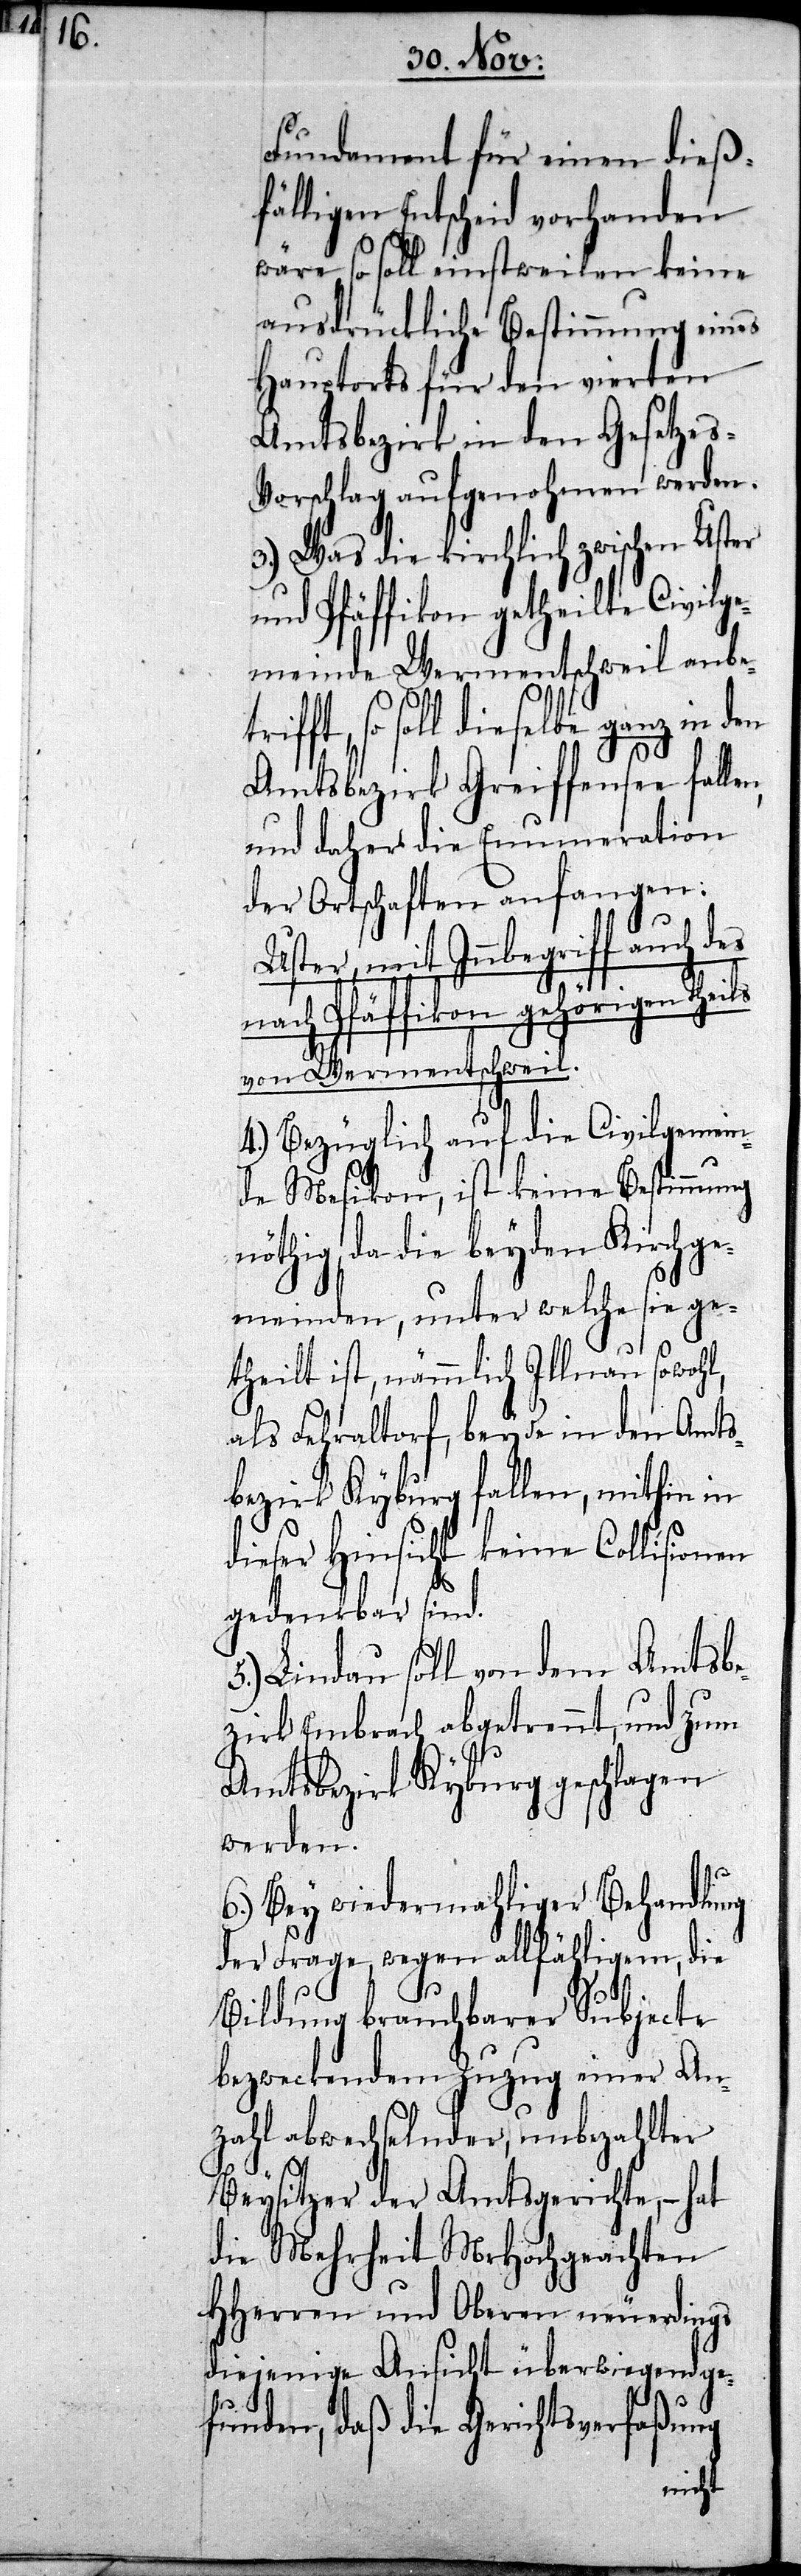
Fundament für einen dieß¬
fälligen Entscheid vorhanden
wäre, so soll einstweilen keine
ausdrückliche Bestimmung eines
Hauptorts für den vierten
Amtsbezirk in den Gesetze¬
s-Vorschlag aufgenohmen werden.
3.) Was die kirchlich zwischen
und Pfäffikon getheilte Civilge¬
meinde Wermentschweil anbe¬
so soll dieselbe ganz in
Amtsbezirk Greiffensee falle¬
und daher die Enumeration
der Ortschaften anfangen:
Uster, mit Innbegriff auch des
n,
nach Pfäffikon gehörigen Theils
von Wermentschweil.
4.) Bezüglich auf die Civilgemein¬
de Mesikon, ist keine Bestimmung
nöthig, da die beyden Kirchge¬
meinden, unter welche sie ge¬
theilt ist, nämmlich Illnau sowohl,
als Fehraltdorf, beyde in den Amts¬
bezirk Kyburg fallen, mithin in
dieser Hinsicht keine Collisionen
gedenkbar sind.
5.) Lindau soll von dem Amtsbe¬
zirk Embrach abgetrennt, und zum
Amtsbezirk Kyburg geschlagen
werden.
6.) Bey wiedermahliger Behandlung
der Frage, wegen allfähligem, die
Bildung brauchbarer Subjecte
bezweckendem Zuzug einer An¬
zahl abwechselnder, unbezahlter
Beysitzer der Amtsgerichte, – hat
die Mehrheit MrHochgeachten
HHerren und Oberen neuerdings
diejenige Ansicht überwiegend ge¬
funden, daß die Gerichtsverfaßung